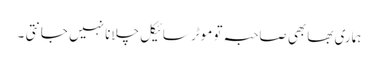
ہماری بھابھی صاحبہ تو موٹر سائیکل چلانا نہیں جانتی ۔